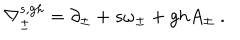
\nabla _ { \pm } ^ { s , g h } = \partial _ { \pm } + s \omega _ { \pm } + g h A _ { \pm } \ .